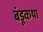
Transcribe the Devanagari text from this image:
बंडूकथा